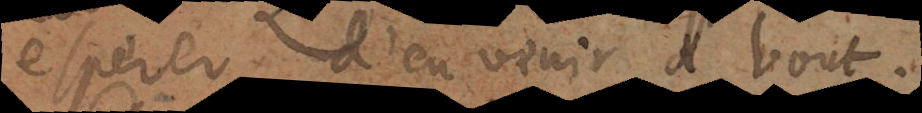
esperer d’en venir à bout.